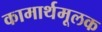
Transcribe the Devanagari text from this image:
कामार्थमूलक